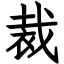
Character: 裁